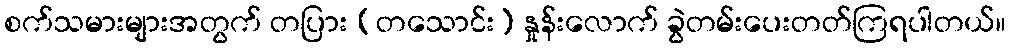
စက်သမားများအတွက် တပြား (တသောင်း) နှုန်းလောက် ခွဲတမ်းပေးတတ်ကြရပါတယ်။